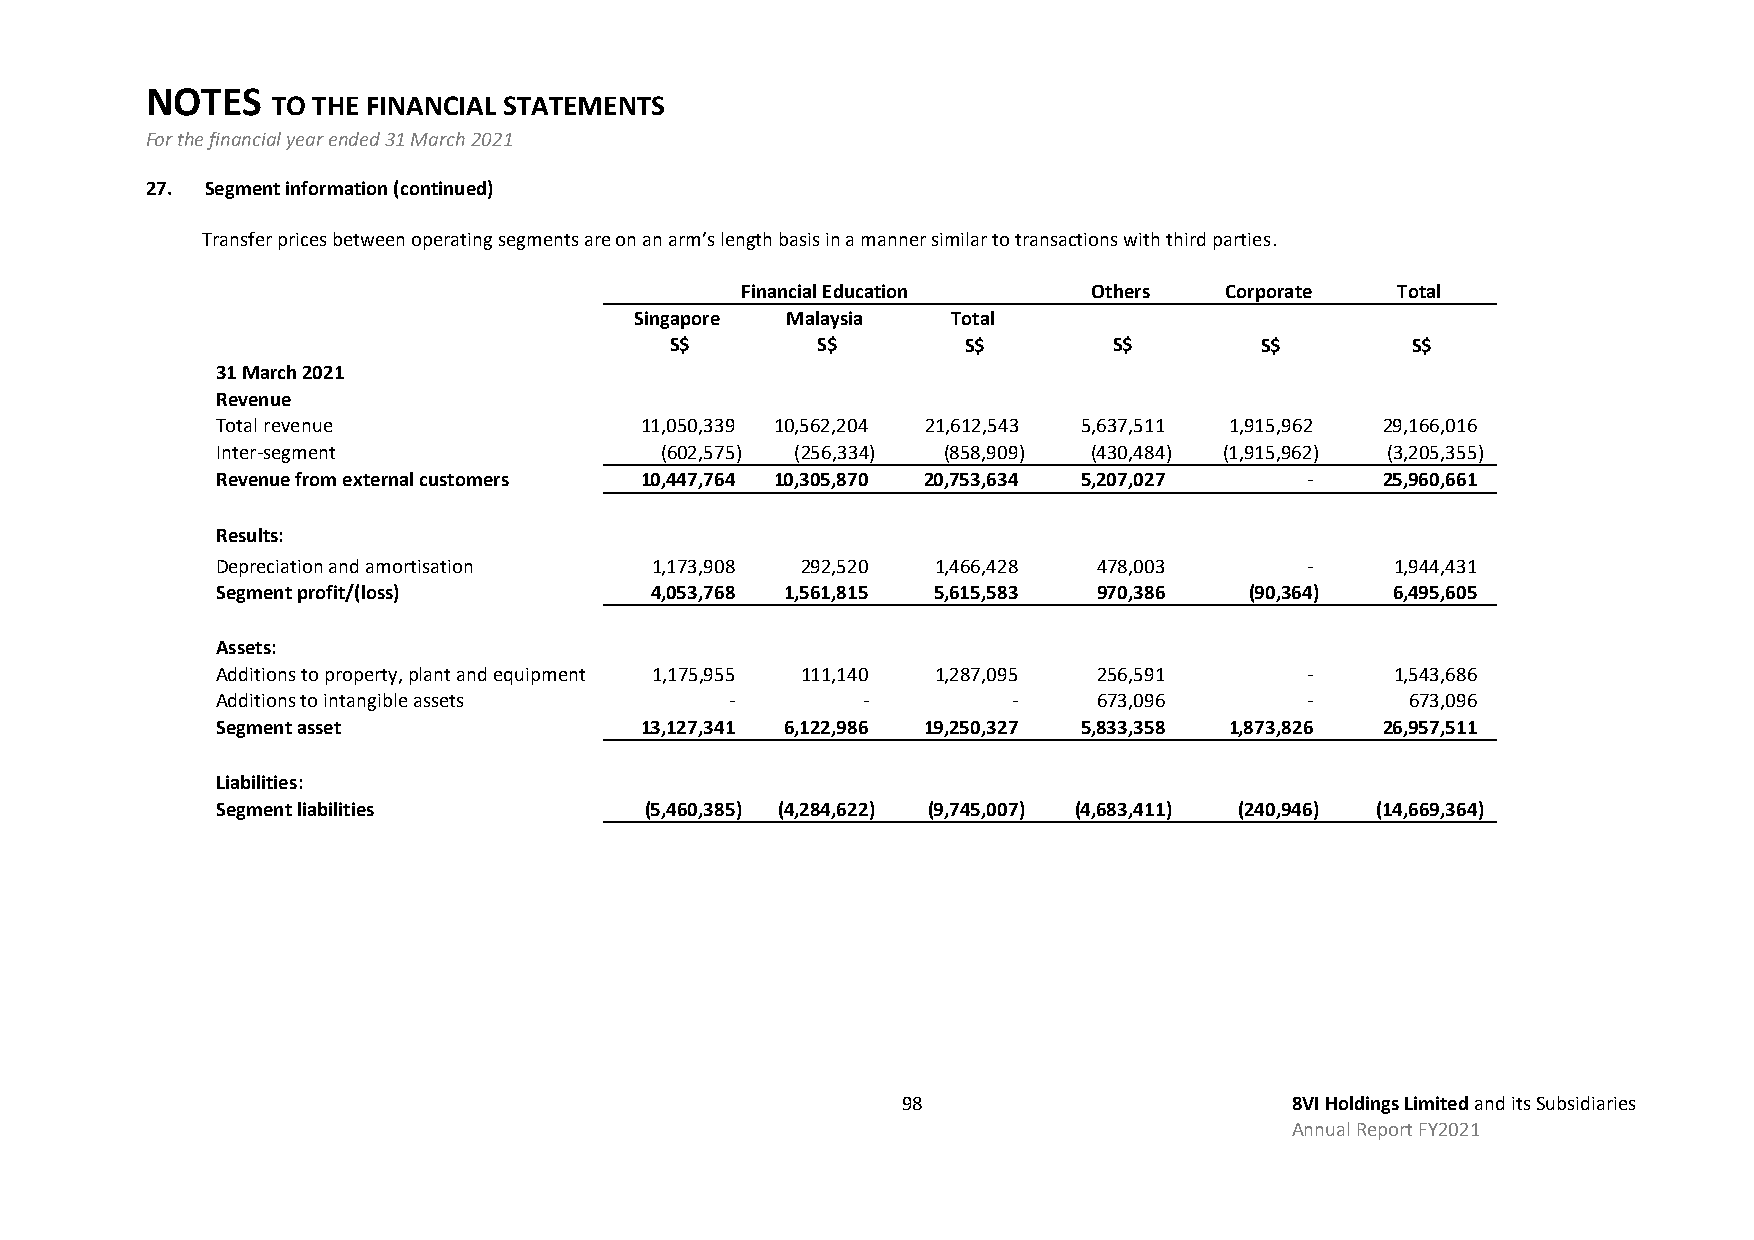
NOTES
 TO THE FINANCIAL STATEMENTS
 For the financial year ended 31 March 2021
 27. Segment information (continued)
 Transfer prices between operating segments are on an arm’s length basis in a manner similar to transactions with third parties.
 Financial Education    Others   Corporate  Total
 Singapore Malaysia   Total
 S$        S$        S$        S$       S$        S$
 31 March 2021
 Revenue
 Total revenue               11,050,339 10,562,204 21,612,543 5,637,511 1,915,962 29,166,016
 Inter-segment                 (602,575) (256,334) (858,909) (430,484) (1,915,962) (3,205,355)
 Revenue from external customers 10,447,764 10,305,870 20,753,634 5,207,027 -  25,960,661
 Results:
 Depreciation and amortisation 1,173,908 292,520 1,466,428  478,003      -     1,944,431
 Segment profit/(loss)        4,053,768 1,561,815 5,615,583 970,386   (90,364) 6,495,605
 Assets:
 Additions to property, plant and equipment 1,175,955 111,140 1,287,095 256,591 - 1,543,686
 Additions to intangible assets    -        -         -     673,096      -      673,096
 Segment asset               13,127,341 6,122,986 19,250,327 5,833,358 1,873,826 26,957,511
 Liabilities:
 Segment liabilities          (5,460,385) (4,284,622) (9,745,007) (4,683,411) (240,946) (14,669,364)
 98                       8VI Holdings Limited and its Subsidiaries
 Annual Report FY2021